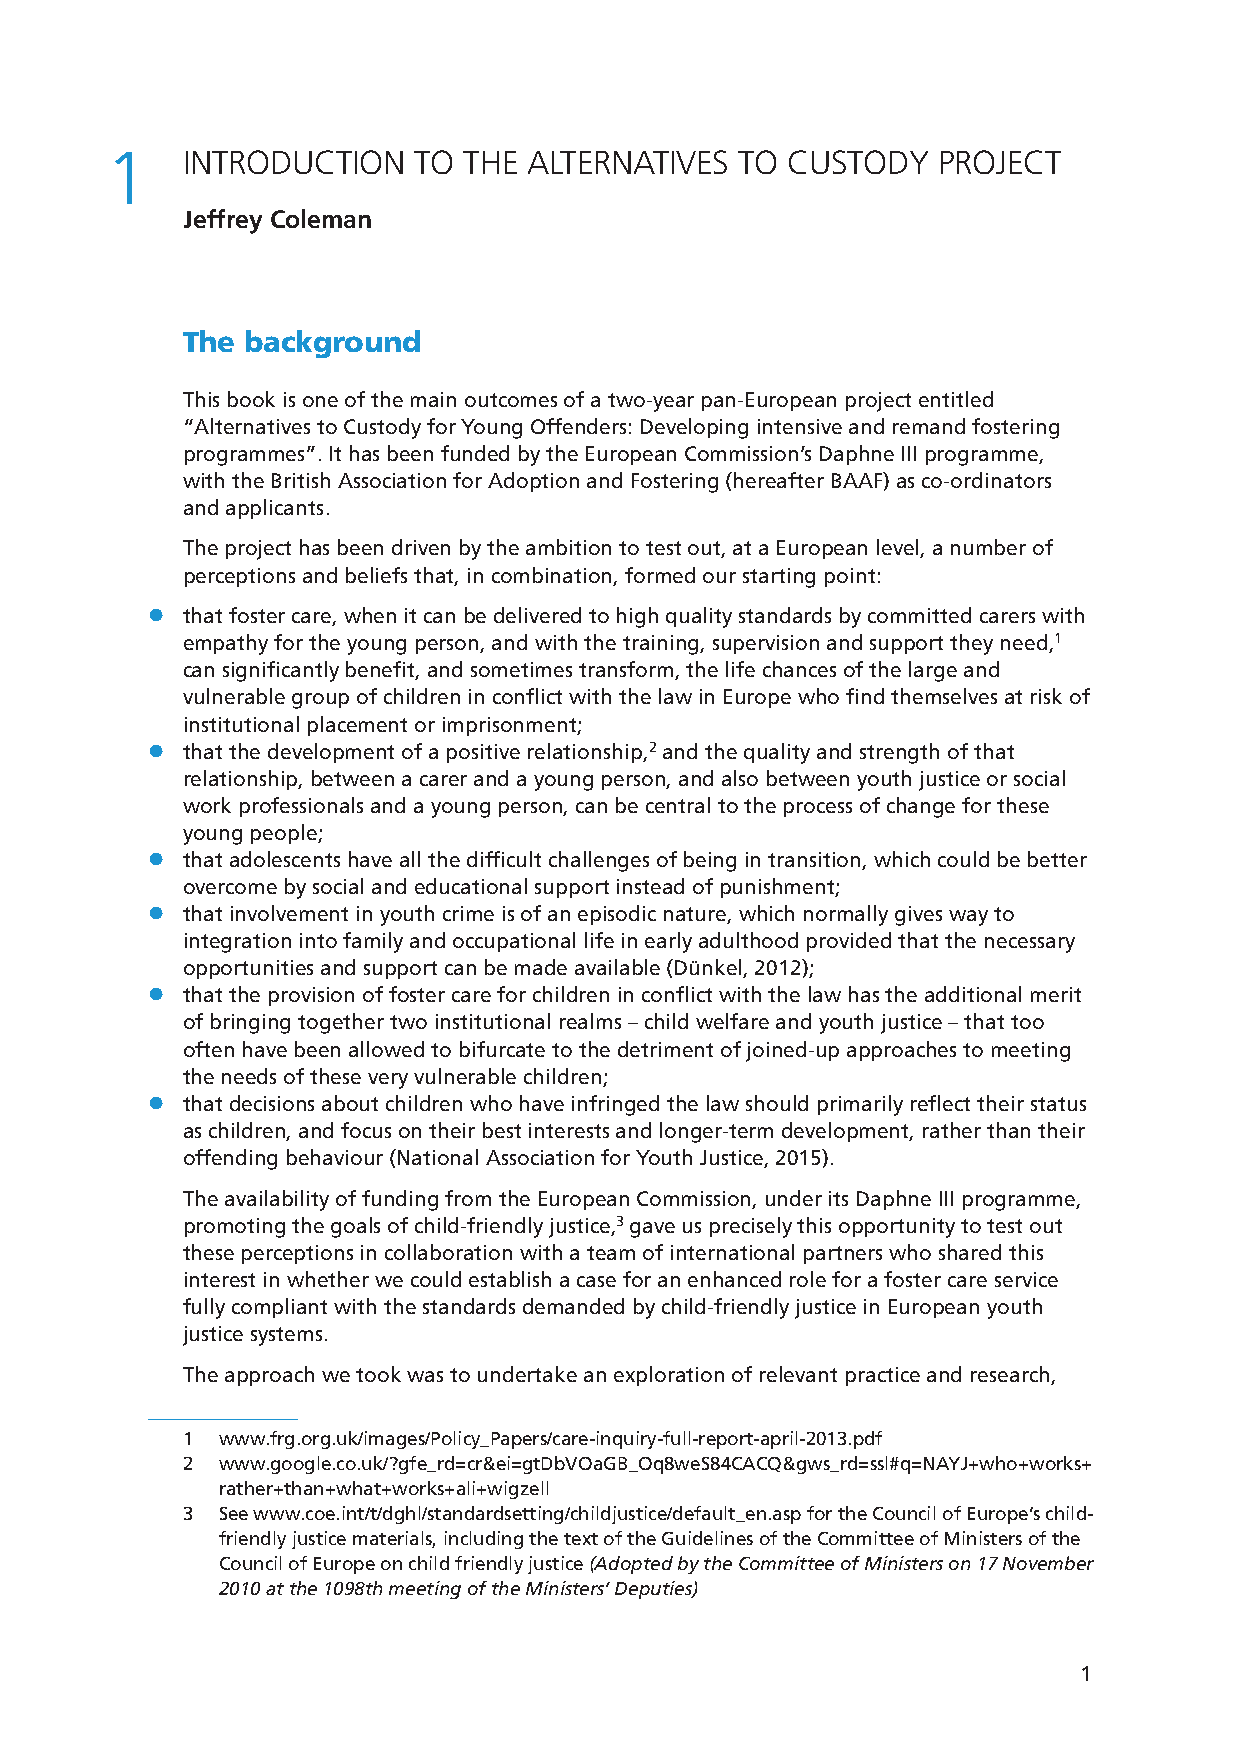
1    INTRODUCTION   TO  THE ALTERNATIVES  TO CUSTODY   PROJECT
 Jeffrey Coleman
 The background
 This book is one of the main outcomes of a two-year pan-European project entitled
 “Alternatives to Custody for Young Offenders: Developing intensive and remand fostering
 programmes”. It has been funded by the European Commission’s Daphne III programme,
 with the British Association for Adoption and Fostering (hereafter BAAF) as co-ordinators
 and applicants.
 The project has been driven by the ambition to test out, at a European level, a number of
 perceptions and beliefs that, in combination, formed our starting point:
 llthat foster care, when it can be delivered to high quality standards by committed carers with
 empathy for the young person, and with the training, supervision and support they need,1
 can significantly benefit, and sometimes transform, the life chances of the large and
 vulnerable group of children in conflict with the law in Europe who find themselves at risk of
 institutional placement or imprisonment;
 llthat the development of a positive relationship,2 and the quality and strength of that
 relationship, between a carer and a young person, and also between youth justice or social
 work professionals and a young person, can be central to the process of change for these
 young people;
 llthat adolescents have all the difficult challenges of being in transition, which could be better
 overcome by social and educational support instead of punishment;
 llthat involvement in youth crime is of an episodic nature, which normally gives way to
 integration into family and occupational life in early adulthood provided that the necessary
 opportunities and support can be made available (Dünkel, 2012);
 llthat the provision of foster care for children in conflict with the law has the additional merit
 of bringing together two institutional realms – child welfare and youth justice – that too
 often have been allowed to bifurcate to the detriment of joined-up approaches to meeting
 the needs of these very vulnerable children;
 llthat decisions about children who have infringed the law should primarily reflect their status
 as children, and focus on their best interests and longer-term development, rather than their
 offending behaviour (National Association for Youth Justice, 2015).
 The availability of funding from the European Commission, under its Daphne III programme,
 promoting the goals of child-friendly justice,3 gave us precisely this opportunity to test out
 these perceptions in collaboration with a team of international partners who shared this
 interest in whether we could establish a case for an enhanced role for a foster care service
 fully compliant with the standards demanded by child-friendly justice in European youth
 justice systems.
 The approach we took was to undertake an exploration of relevant practice and research,
 1 www.frg.org.uk/images/Policy_Papers/care-inquiry-full-report-april-2013.pdf
 2 www.google.co.uk/?gfe_rd=cr&ei=gtDbVOaGB_Oq8weS84CACQ&gws_rd=ssl#q=NAYJ+who+works+
 rather+than+what+works+ali+wigzell
 3 See www.coe.int/t/dghl/standardsetting/childjustice/default_en.asp for the Council of Europe’s child-
 friendly justice materials, including the text of the Guidelines of the Committee of Ministers of the
 Council of Europe on child friendly justice (Adopted by the Committee of Ministers on 17 November
 2010 at the 1098th meeting of the Ministers’ Deputies)
 1